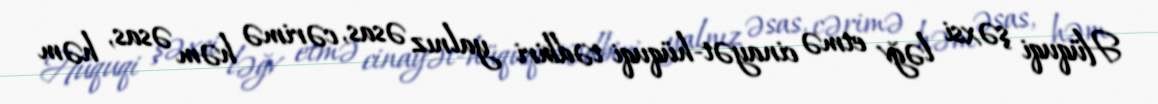
Hüquqi şəxsi ləğv etmə cinayət-hüquqi tədbiri yalnız əsas, cərimə həm əsas, həm